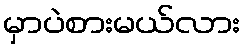
မှာပဲစားမယ်လား